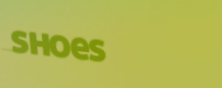
shoes